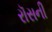
રૉસની